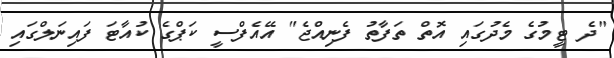
"ދެ ޓީމުގެ މެދުގައި އޮތް ތަފާތު ފެނިއްޖެ" އޭއެފްސީ ކަޕްގެ ކުއާޓަ ފައިނަލްގައި